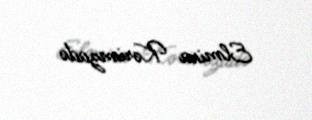
Elmira Kərimzadə